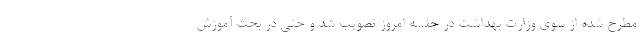
مطرح شده از سوی وزارت بهداشت در جلسه امروز تصویب شد و حتی در بحث آموزش